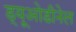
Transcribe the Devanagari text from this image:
ड्यूओडीनेल